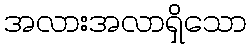
အလားအလာရှိသော